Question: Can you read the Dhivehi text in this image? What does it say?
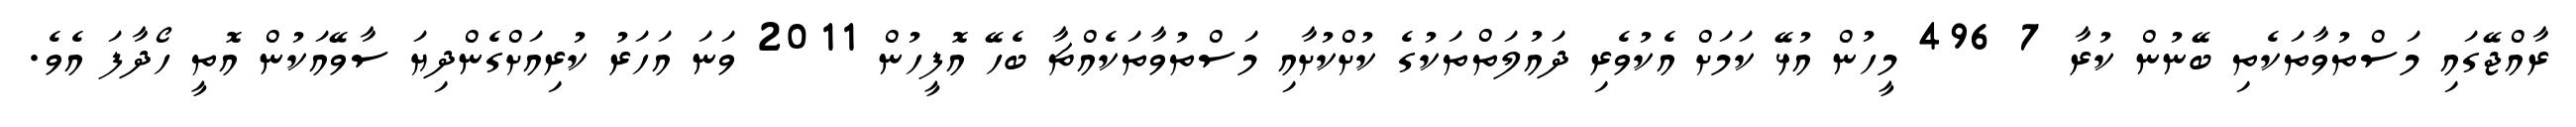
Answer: ރާއްޖޭގައި މަސްތުވާތަކެތި ބޭނުން ކުރާ 7 496 މީހުން އުޅޭ ކަމަށް އެކުވެރި ދައުލަތްތަކުގެ ކުށްކުށާއި މަސްތުވާތަކެއްޗާ ބެހޭ އޮފީހުން 2011 ވަނަ އަހަރު ކުރިއަށްގެންދިޔަ ސާވޭއަކުން އޮތީ ހޯދާފަ އެވެ.